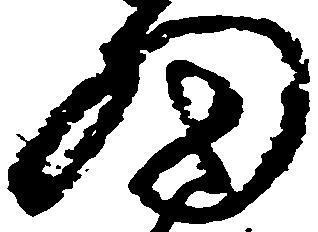
細